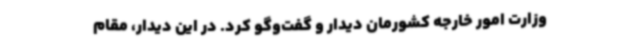
وزارت امور خارجه کشورمان دیدار و گفت‌وگو کرد. در این دیدار، مقام